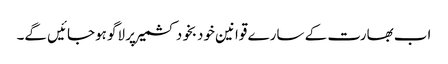
اب بھارت کے سارے قوانین خودبخود کشمیر پر لاگو ہوجائیں گے۔